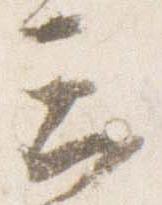
云